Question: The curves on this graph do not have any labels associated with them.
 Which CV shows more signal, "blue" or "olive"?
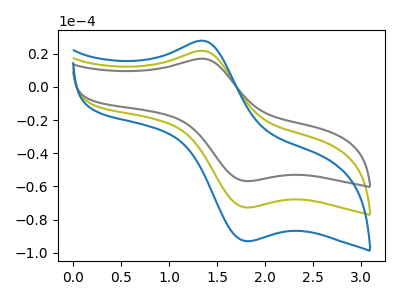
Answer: <think>The olive curve "olive" has an anodic peak at (1.35V, 21.75uA) and a cathodic peak at (1.80V, -72.65uA). The gray curve "gray" has an anodic peak at (1.35V, 43.50uA) and a cathodic peak at (1.80V, -145.25uA). The blue curve "blue" has an anodic peak at (1.35V, 27.85uA) and a cathodic peak at (1.80V, -92.95uA).
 All the peaks in "blue" have a peak in "olive" at the same potential. Every peak in "blue" is higher than every peak in "olive".</think>
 <answer>"blue" has more signal than "olive".</answer>
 <eval>more_signal</eval>